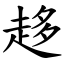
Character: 趍